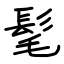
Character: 髦